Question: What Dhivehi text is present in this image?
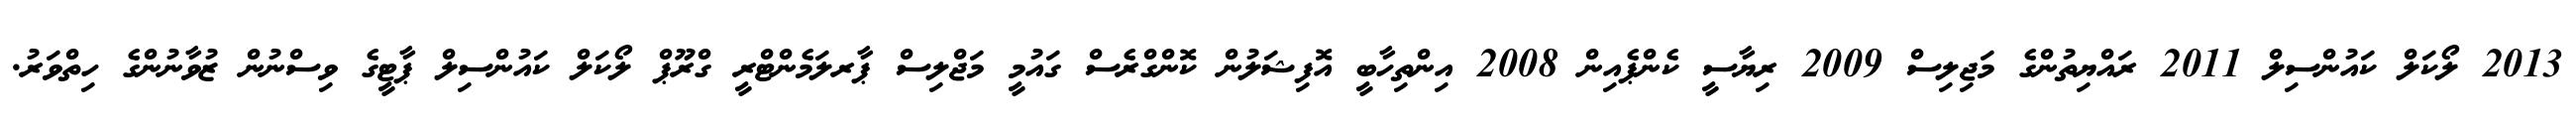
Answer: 2013 ލޯކަލް ކައުންސިލް 2011 ރައްޔިތުންގެ މަޖިލިސް 2009 ރިޔާސީ ކެންޕެއިން 2008 އިންތިހާބީ އޮފިޝަލުން ކޮންގްރެސް ގައުމީ މަޖްލިސް ޕާރލަމެންޓްރީ ގްރޫޕް ލޯކަލް ކައުންސިލް ޕާޓީގެ ވިސްނުން ޒުވާނުންގެ ހިތްވަރު.